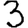
Digit: 3